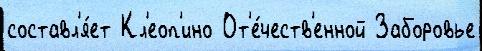
составл'я́ет Кл'еоп'ино От'е́честв'енной Заборовье